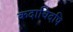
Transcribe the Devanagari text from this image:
कदाचिदपि